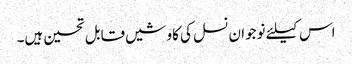
اس کیلئے نوجوان نسل کی کاوشیں قابل تحسین ہیں۔